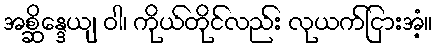
အစ္ဆိန္ဒေယျ ဝါ၊ ကိုယ်တိုင်လည်း လုယက်ငြားအံ့။